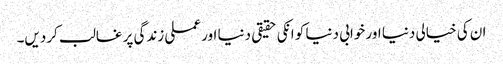
ان کی خیالی دنیا اور خوابی دنیا کو انکی حقیقی دنیا اور عملی زندگی پر غالب کردیں۔